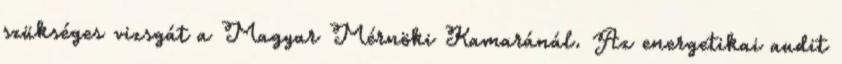
szükséges vizsgát a Magyar Mérnöki Kamaránál. Az energetikai audit